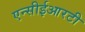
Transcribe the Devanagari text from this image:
एन्सीईआरटी